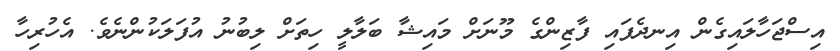
އިސްޖަހާލައިގެން އިނދެފައި ފާޒިންގެ މޫނަށް މައިޝާ ބަލާލީ ހިތަށް ލިބުނު އުފަލަކުންނެވެ. އެހުރިހާ